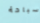
سباحة